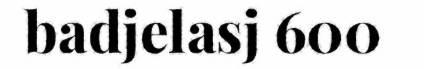
badjelasj 600